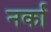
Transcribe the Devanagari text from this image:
नर्का